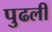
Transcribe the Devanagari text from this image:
पुढली